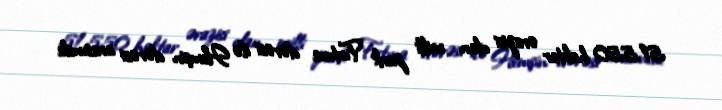
51.550 hektar ərazisi olan milli park Fırtına dərəsi ilə Hemşin dərəsi arasında